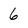
Character: 6